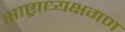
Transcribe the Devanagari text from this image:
साष्ट्राध्यक्षगण